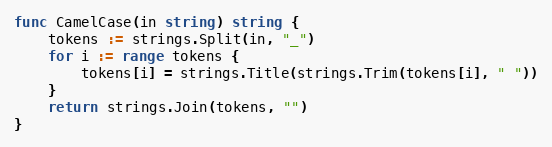
Language: Go
func CamelCase(in string) string {
	tokens := strings.Split(in, "_")
	for i := range tokens {
		tokens[i] = strings.Title(strings.Trim(tokens[i], " "))
	}
	return strings.Join(tokens, "")
}